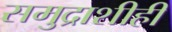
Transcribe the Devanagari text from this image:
समुद्राशीही